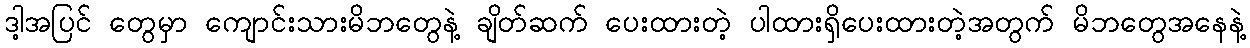
ဒါ့အပြင် တွေမှာ ကျောင်းသားမိဘတွေနဲ့ ချိတ်ဆက် ပေးထားတဲ့ ပါထားရှိပေးထားတဲ့အတွက် မိဘတွေအနေနဲ့